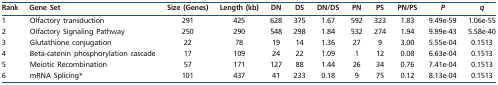
| Rank | Gene Set | Size (Genes) | Length (kb) | DN | DS | DN/DS | PN | PS | PN/PS | P | q |
 | --- | --- | --- | --- | --- | --- | --- | --- | --- | --- | --- | --- |
 | 1 | Olfactory transduction | 291 | 425 | 628 | 375 | 1.67 | 592 | 323 | 1.83 | 9.49e-59 | 1.06e-55 |
 | 2 | Olfactory Signaling Pathway | 250 | 290 | 548 | 298 | 1.84 | 532 | 274 | 1.94 | 9.99e-43 | 5.58e-40 |
 | 3 | Glutathione conjugation | 22 | 78 | 19 | 14 | 1.36 | 27 | 9 | 3.00 | 5.55e-04 | 0.1513 |
 | 4 | Beta-catenin phosphorylation cascade | 17 | 109 | 24 | 22 | 1.09 | 1 | 12 | 0.08 | 6.63e-04 | 0.1513 |
 | 5 | Meiotic Recombination | 57 | 171 | 127 | 88 | 1.44 | 26 | 34 | 0.76 | 7.41e-04 | 0.1513 |
 | 6 | mRNA Splicing* | 101 | 437 | 41 | 233 | 0.18 | 9 | 75 | 0.12 | 8.13e-04 | 0.1513 |